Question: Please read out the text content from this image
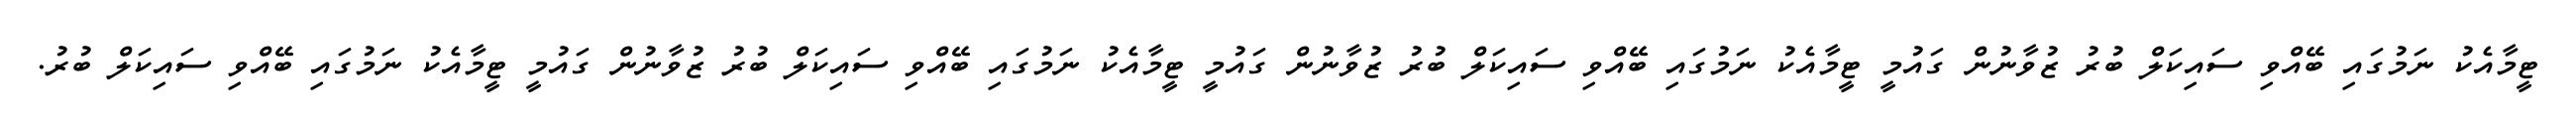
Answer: ޓީމާއެކު ނަމުގައި ބޭއްވި ސައިކަލް ބުރު ޒުވާނުން ގައުމީ ޓީމާއެކު ނަމުގައި ބޭއްވި ސައިކަލް ބުރު ޒުވާނުން ގައުމީ ޓީމާއެކު ނަމުގައި ބޭއްވި ސައިކަލް ބުރު ޒުވާނުން ގައުމީ ޓީމާއެކު ނަމުގައި ބޭއްވި ސައިކަލް ބުރު.